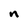
Character: n